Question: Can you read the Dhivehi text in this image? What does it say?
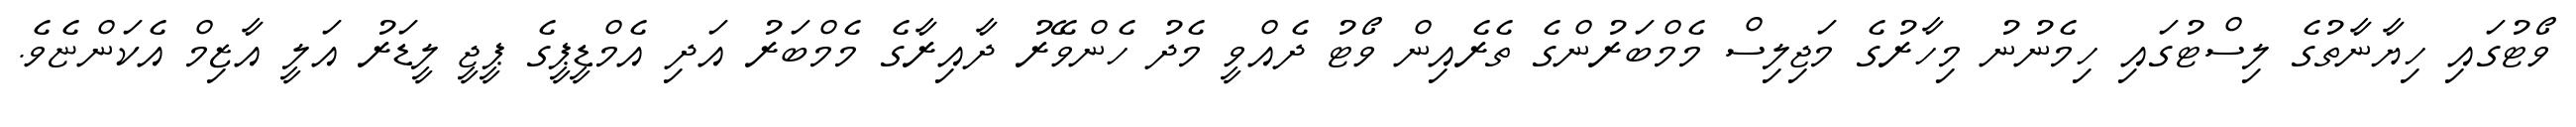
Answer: ވޯޓުގައި ހިޔާނާތުގެ ލިސްޓުގައި ހިމެނުނު މިހާރުގެ މަޖިލިސް މެމްބަރުންގެ ތެރެއިން ވޯޓު ދެއްވީ މެދު ހެންވޭރު ދާއިރާގެ މެމްބަރު އަދި އެމްޑީޕީގެ ޕީޖީ ލީޑަރު އަލީ އާޒިމް އެކަންޏެވެ.